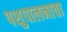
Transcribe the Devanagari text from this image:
पशुपालनाचा